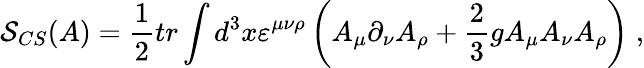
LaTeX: \mathcal{S}_{CS}(A)=\frac 12tr\int d^{3}x\varepsilon^{\mu\nu\rho}\left(A_{\mu}\partial_{\nu}A_{\rho}+\frac 23gA_{\mu}A_{\nu}A_{\rho}\right)\; ,